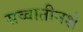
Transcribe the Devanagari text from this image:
सव्वातीनशे